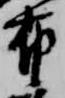
布